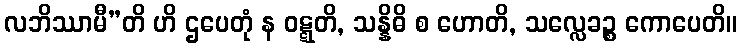
လဘိဿာမီ”တိ ဟိ ဌပေတုံ န ဝဋ္ဋတိ, သန္နိဓိ စ ဟောတိ, သလ္လေခဉ္စ ကောပေတိ။